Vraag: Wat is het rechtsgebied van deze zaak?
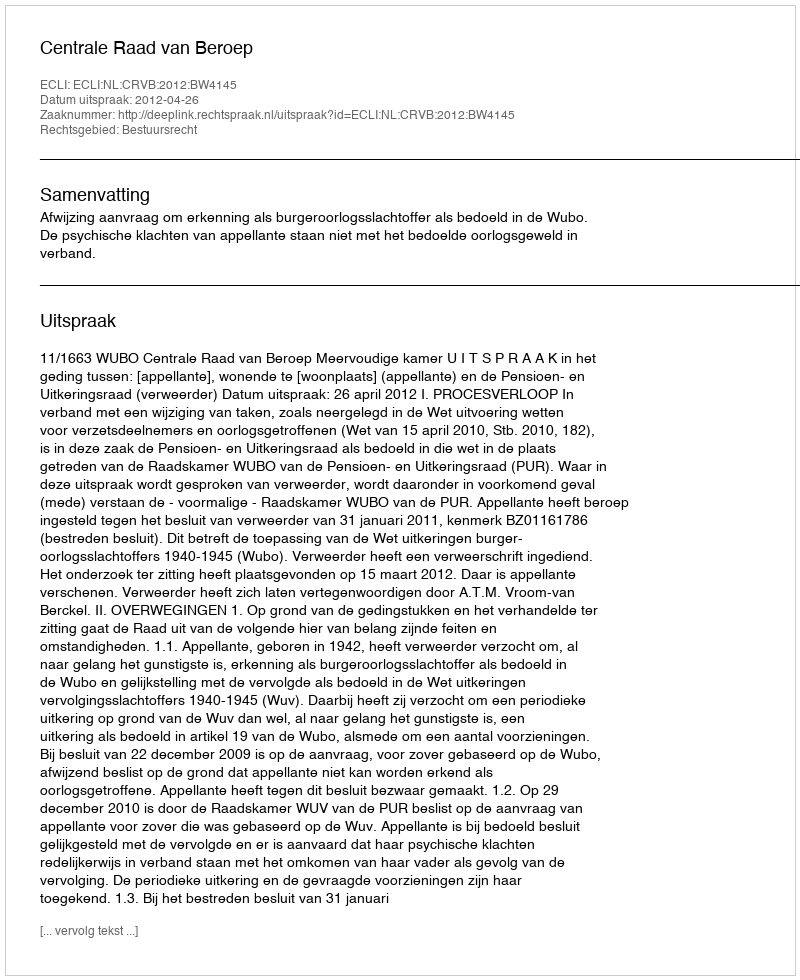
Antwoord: Bestuursrecht